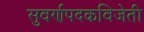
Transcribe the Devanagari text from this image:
सुवर्णपदकविजेती